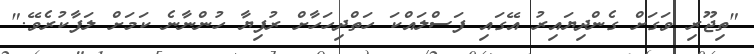
"ތިޖޫރި ވަގަށް ގެންދިޔައިރު އޭގައި ފަސްލައްކަ ހަތްދިހަހާށް ރުފިޔާ ހުންނާނެ ކަމަށް ލަފާކުރެވޭ."